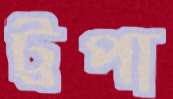
ট্রপা